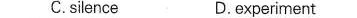
C.silence D.Experiment